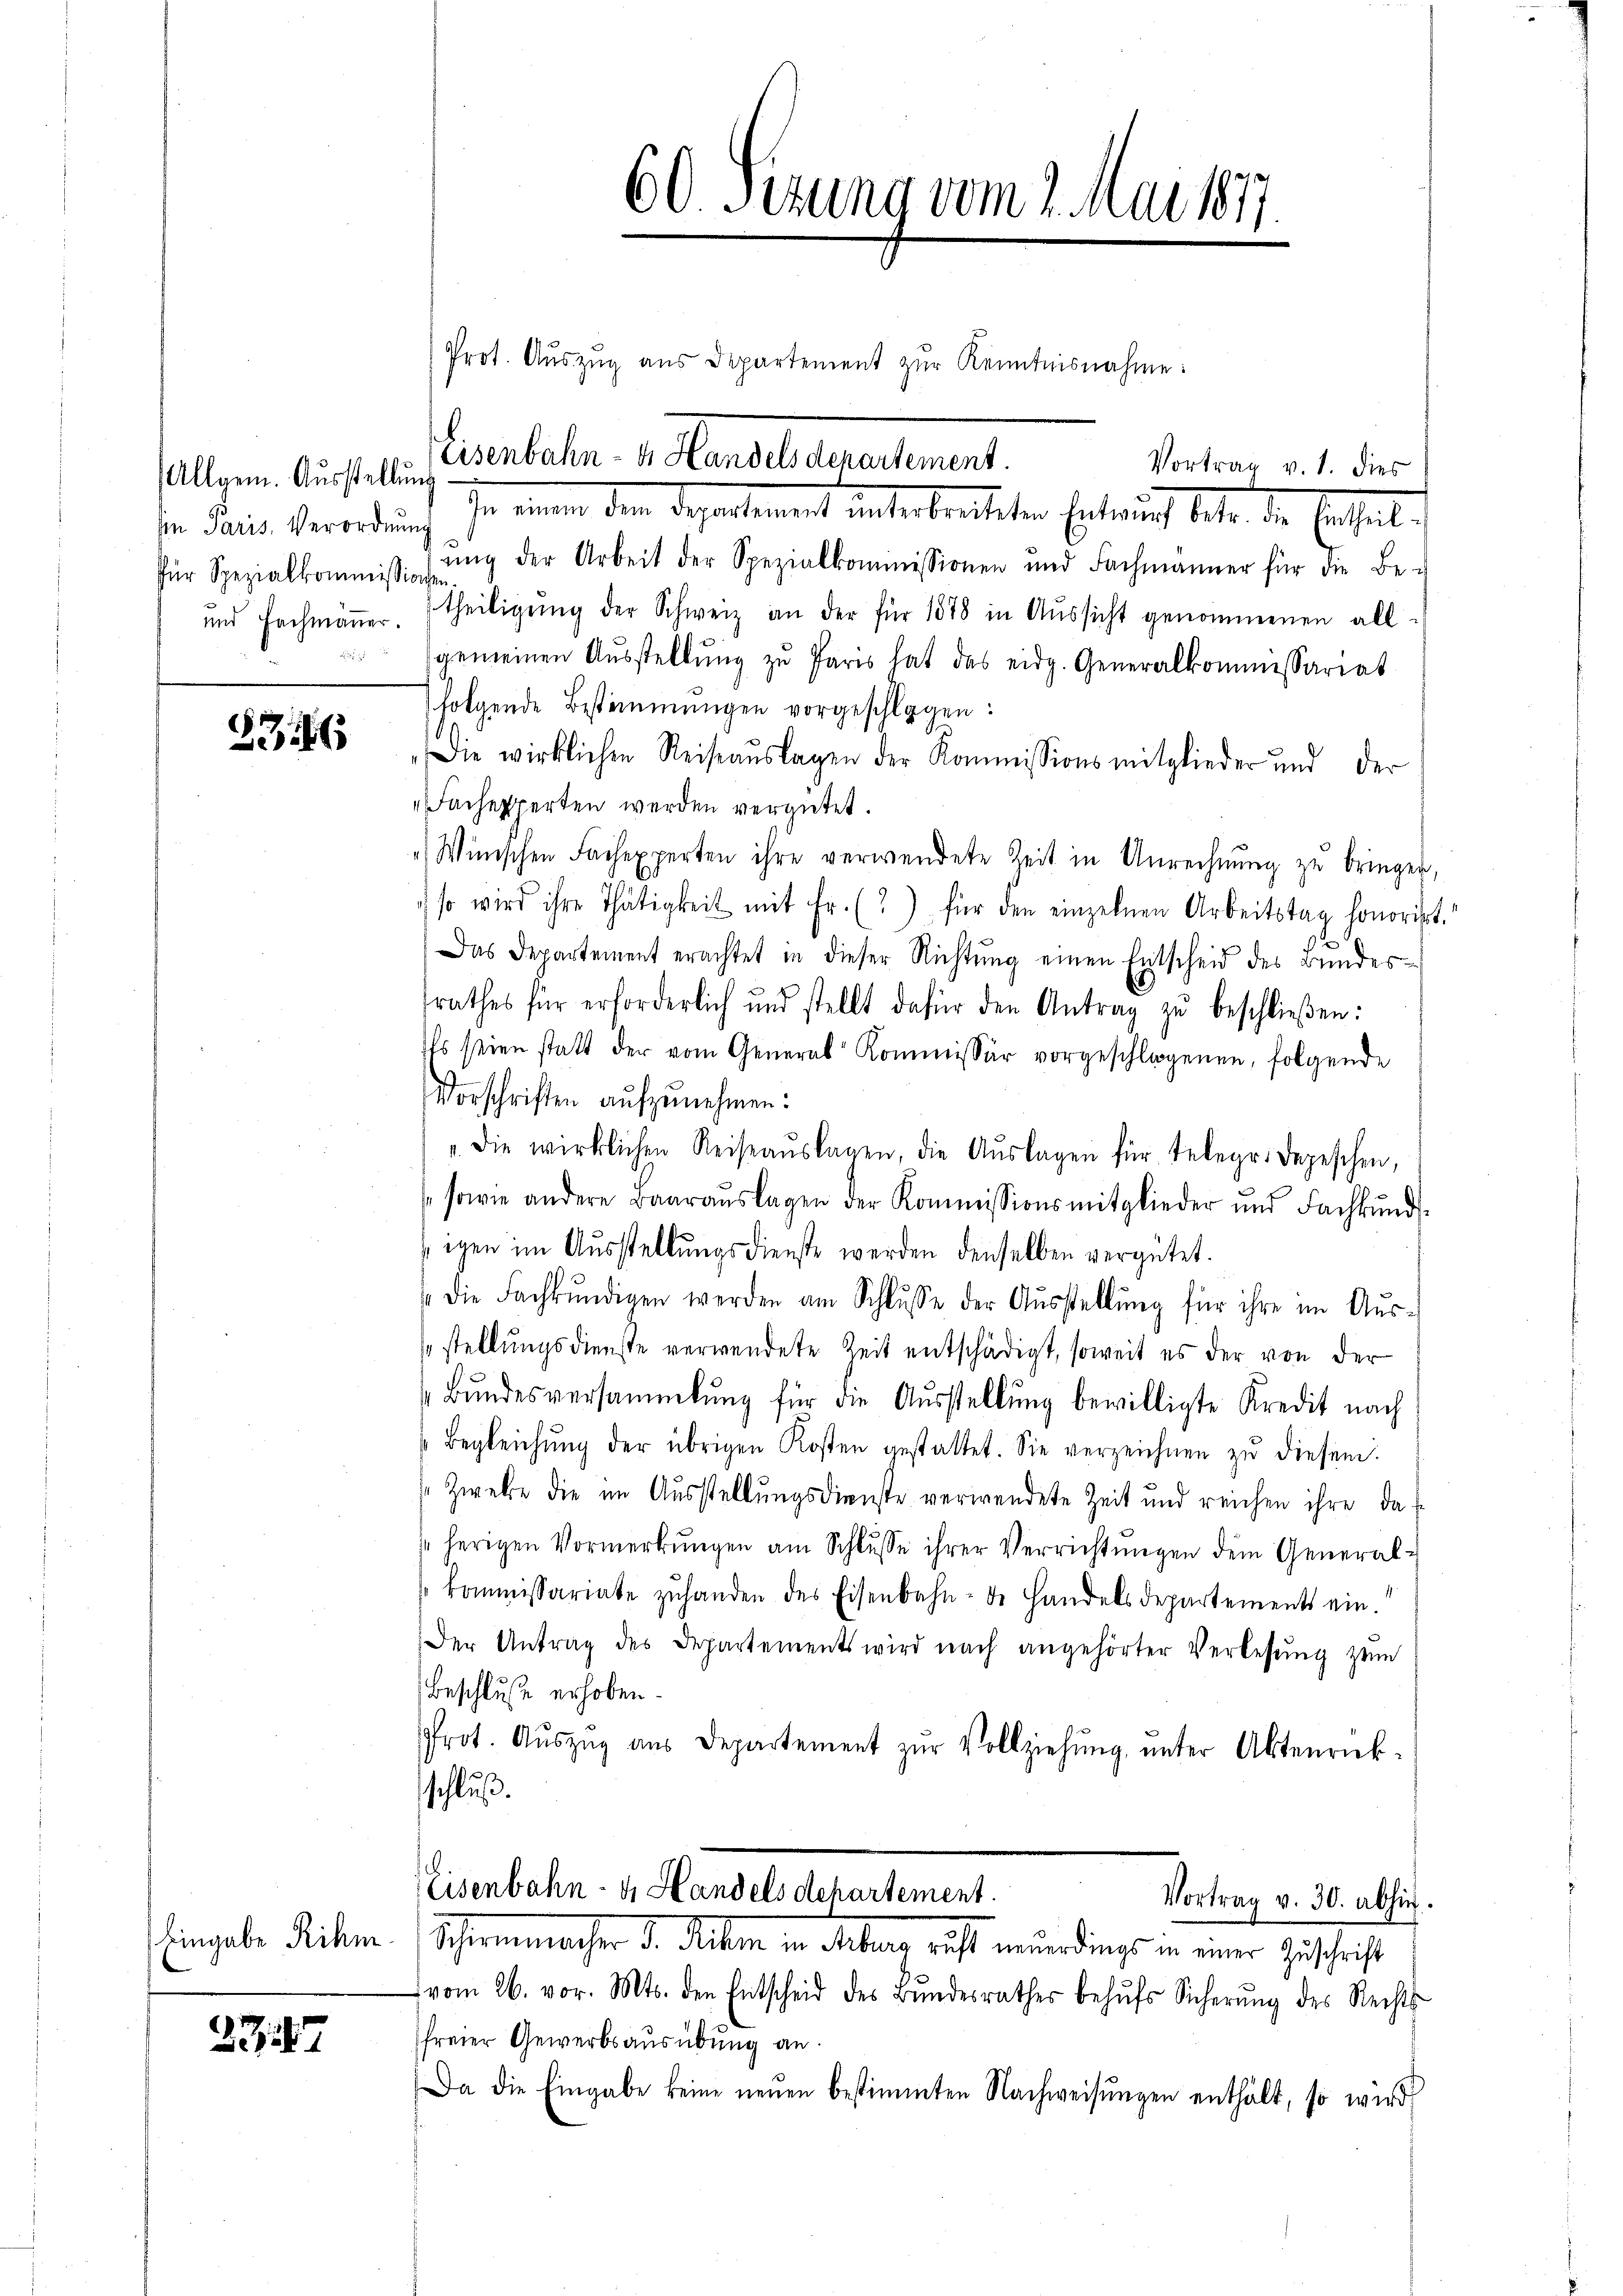
Allgem. Ausstellung
Ein Paris. Verordnung
für Spezialkommission
und Fachmänner.

336

Eingabe Rihm.

2747

Prot. Aŭszŭg ans Departement zŭr Kenntnisnahme:

60. Setzung vom 2. Mai 1877.

ŭng der Arbeit der Spezialkommissionen und Fachmänner für die Be-
theiligŭng der Schweiz an der für 1878 in Aŭssicht genommenen all-
gemeinen Aŭsstellŭng zu Paris hat das eidg. Generalkommissariat
folgende Bestimmungen vorgeschlagen:
Die wirklichen Reiseauslagen der Kommissionsmitglieder und der
Fachexperten werden vergütet.
Winischen Fachexperten ihre verwendete Zeit in Unrechnung zu bringen,
so wird ihre Thätigkeit mit Fr. (?) für den einzelnen Arbeitstag honorist.
Das Departement erachtet in dieser Richtung einen Entscheid des Bundesrathes für erforderlich und stellt dafür den Antrag zŭ beschlieβen:
des seien statt der vom General Kommissär vorgeschlogenen, folgende
Vorschriften aufzunehmen:
". Die wirklichen Reiseaŭslagen, die Aŭslagen für Telege. Depeschen,
sowie andere Baarauslagen der Kommissionsmitglieder und Fachkŭnd
sigen im Ausstellungsdienste werden denselben vergütet.
" die Fachkundigen werden am Schlŭsse der Ausstellung für ihre im Aussstellungsdienste verwendete Zeit entschädigt, soweit es der von der
Bŭndesversammlung für die Aŭsstellung bewilligte Kredit nach
Begleichŭng der übrigen Kosten gestattet. Sie verzeichnen zŭ diesem
Zweke die im Ausstellungsdienste verwendete Zeit und reichen ihre da-
herigen Vormerkŭngen am Schlŭsse ihrer Verrichtŭngen dem General-
kommissariate zŭhanden des Eisenbahn- de Handelsdepartements ein.
Der Antrag des Departements wird nach angehörter Verlesung zum
Beschluße erhoben.
Prot. Aŭszŭg aŭs Departement zŭr Vollziehŭng ŭnter Aktenrück-
schluß.
l
Eisenbahn- u. Handels Departement.
Vortrag v. 30. absich.
Schirmenweser d. Mitern in Antrag geht mündings in einer Zuschrift
vom 26. vor. Mts. den Entscheid des Bŭndesrathes behŭfs Sicherŭng des Rechts-
freier Gewerbsausübung an
Da die Eingabe keine neŭen bestimmten Nachweisŭngen enthält, so wird

Eisenbahn- & Handels departement.
In einen dem Departement unterbretten Entwurf betr. die Ertheilt.

Vortrag v. 1. dies